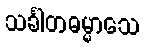
သင်္ခါတဓမ္မာသေ